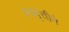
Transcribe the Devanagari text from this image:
स्ववृत्तीने